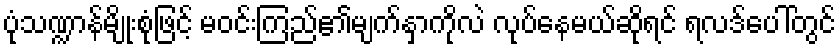
ပုံသဏ္ဍာန်မျိုးစုံဖြင့် မဝင်းကြည်၏မျက်နှာကိုလဲ လုပ်နေမယ်ဆိုရင် ရလဒ်ပေါ်တွင်